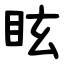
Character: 眩